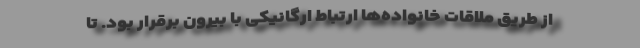
از طریق ملاقات خانواده‌ها ارتباط ارگانیكی با بیرون برقرار بود. تا